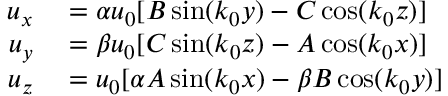
\begin{array} { r l } { u _ { x } } & { { } = \alpha u _ { 0 } [ B \sin ( k _ { 0 } y ) - C \cos ( k _ { 0 } z ) ] } \\ { u _ { y } } & { { } = \beta u _ { 0 } [ C \sin ( k _ { 0 } z ) - A \cos ( k _ { 0 } x ) ] } \\ { u _ { z } } & { { } = u _ { 0 } [ \alpha A \sin ( k _ { 0 } x ) - \beta B \cos ( k _ { 0 } y ) ] } \end{array}